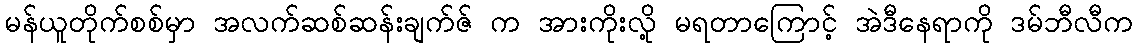
မန်ယူတိုက်စစ်မှာ အလက်ဆစ်ဆန်းချက်ဇ် က အားကိုးလို့ မရတာကြောင့် အဲဒီနေရာကို ဒမ်ဘီလီက